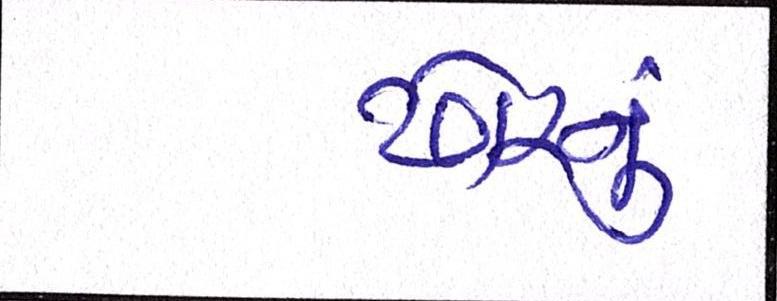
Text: ઢોરનું